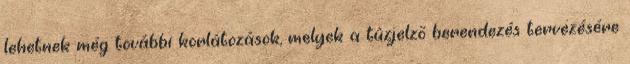
lehetnek még további korlátozások, melyek a tûzjelzõ berendezés tervezésére